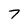
Character: 7